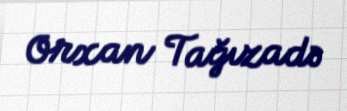
Orxan Tağızadə